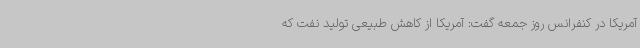
آمریکا در کنفرانس روز جمعه گفت: آمریکا از کاهش طبیعی تولید نفت که